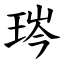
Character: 琌